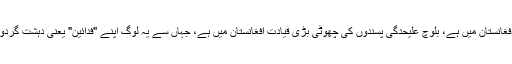
کالعدم تحریک طالبان کی قیادت افغانستان میں ہے، بلوچ علیحدگی پسندوں کی چھوٹی بڑی قیادت افغانستان میں ہے، جہاں سے یہ لوگ اپنے "فدائین" یعنی دہشت گردوں کو احکامات جاری کرتے ہیں۔